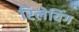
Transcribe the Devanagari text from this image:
रिलेयिंग